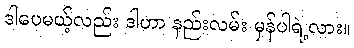
ဒါပေမယ့်လည်း ဒါဟာ နည်းလမ်း မှန်ပါရဲ့လား။